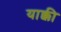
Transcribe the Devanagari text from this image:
याक्की